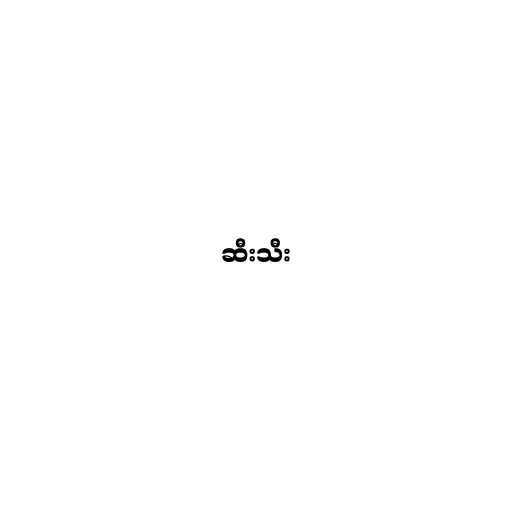
ဆီးသီး